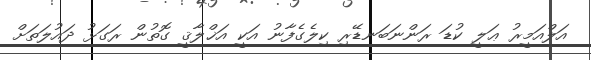
އަލްއަމީރު ޢަލީ ކުޑަ ރަންނަބަނޑޭރި ކިލެގެފާނު އަކީ އަޚްލާޤީ ގޮތުން ރަގަޅު ދައުލަތަށް